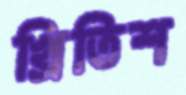
খ্রিতিশ